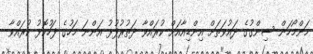
މަންމޯހަން ސިންގުގެ ދައުވަތަށް އިންޑިއާއަށް ކުރައްވާ ދަތުރުފުޅު އަންނަ މަހުގެ ފަހުކޮޅު ކުރައްވާ